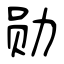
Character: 勋